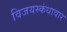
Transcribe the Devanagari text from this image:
विजयस्कंधावार